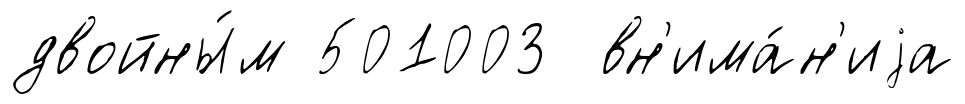
двойны́м 501003 вн'има́н'иjа